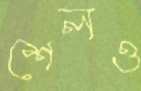
শেলও